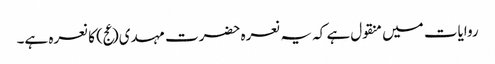
روایات میں منقول ہے کہ یہ نعرہ حضرت مہدی(عج) کا نعرہ ہے۔